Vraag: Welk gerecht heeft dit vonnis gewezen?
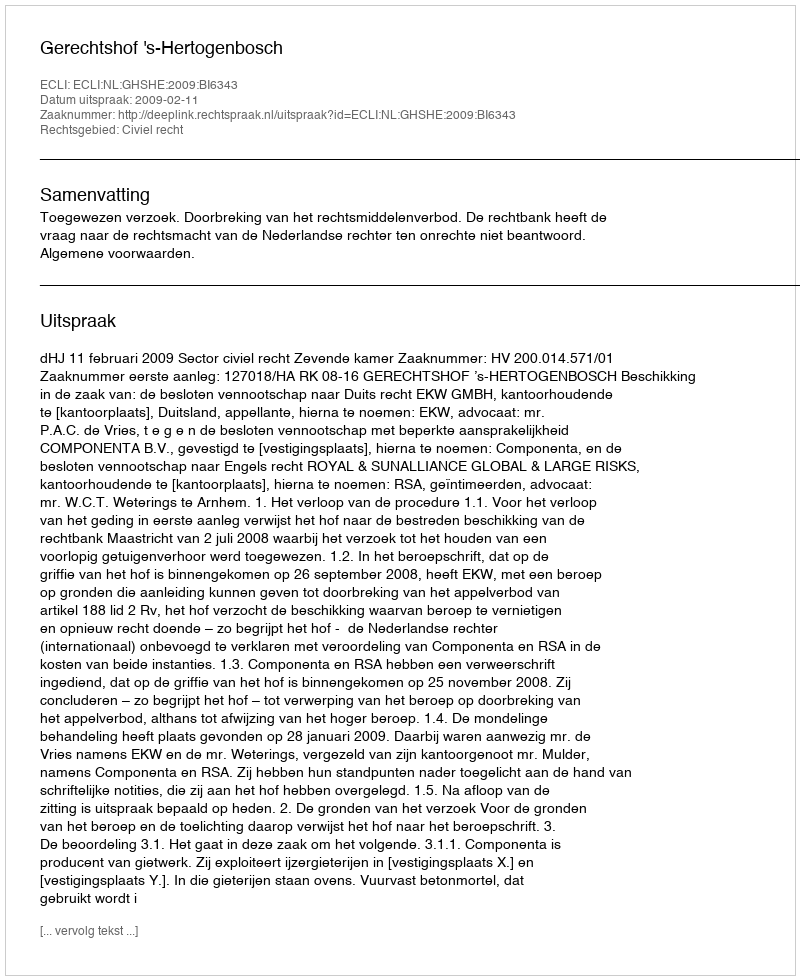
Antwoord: Gerechtshof 's-Hertogenbosch